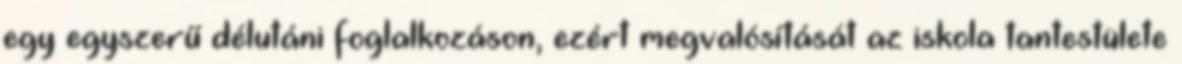
egy egyszerű délutáni foglalkozáson, ezért megvalósítását az iskola tantestülete